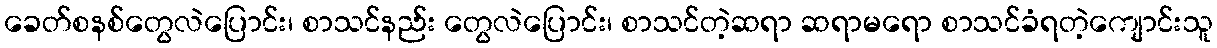
ခေတ်စနစ်တွေလဲပြောင်း၊ စာသင်နည်း တွေလဲပြောင်း၊ စာသင်တဲ့ဆရာ ဆရာမရော စာသင်ခံရတဲ့ကျောင်းသူ